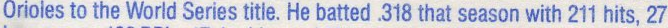
Orioles to the World Series title. He batted .318 that season with 211 hits. 27